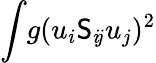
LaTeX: \int\! g(u_{i}\mathsf{S}_{i\! j}u_{j})^{2}